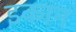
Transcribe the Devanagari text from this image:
इकान